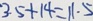
3 . 5 + 1 4 = 1 1 . 5